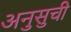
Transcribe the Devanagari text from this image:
अनुसुची